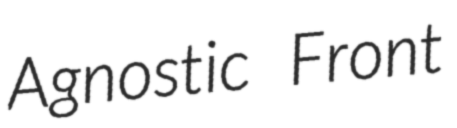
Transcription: Agnostic Front